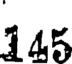
145